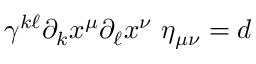
\gamma ^ { k \ell } \partial _ { k } x ^ { \mu } \partial _ { \ell } x ^ { \nu } ~ \eta _ { \mu \nu } = d